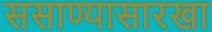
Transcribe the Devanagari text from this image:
ससाण्यासारखा